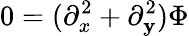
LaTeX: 0=(\partial_{x}^{2}+\partial_{\mathbf{y}}^{2})\Phi